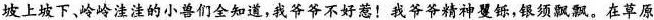
坡上坡下、岭岭洼洼的小兽们全知道，我爷爷不好惹！我爷爷精神矍铄，银须飘飘。在草原